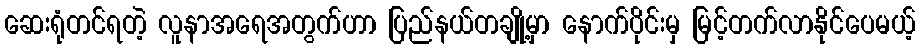
ဆေးရုံတင်ရတဲ့ လူနာအရေအတွက်ဟာ ပြည်နယ်တချို့မှာ နောက်ပိုင်းမှ မြင့်တက်လာနိုင်ပေမယ့်